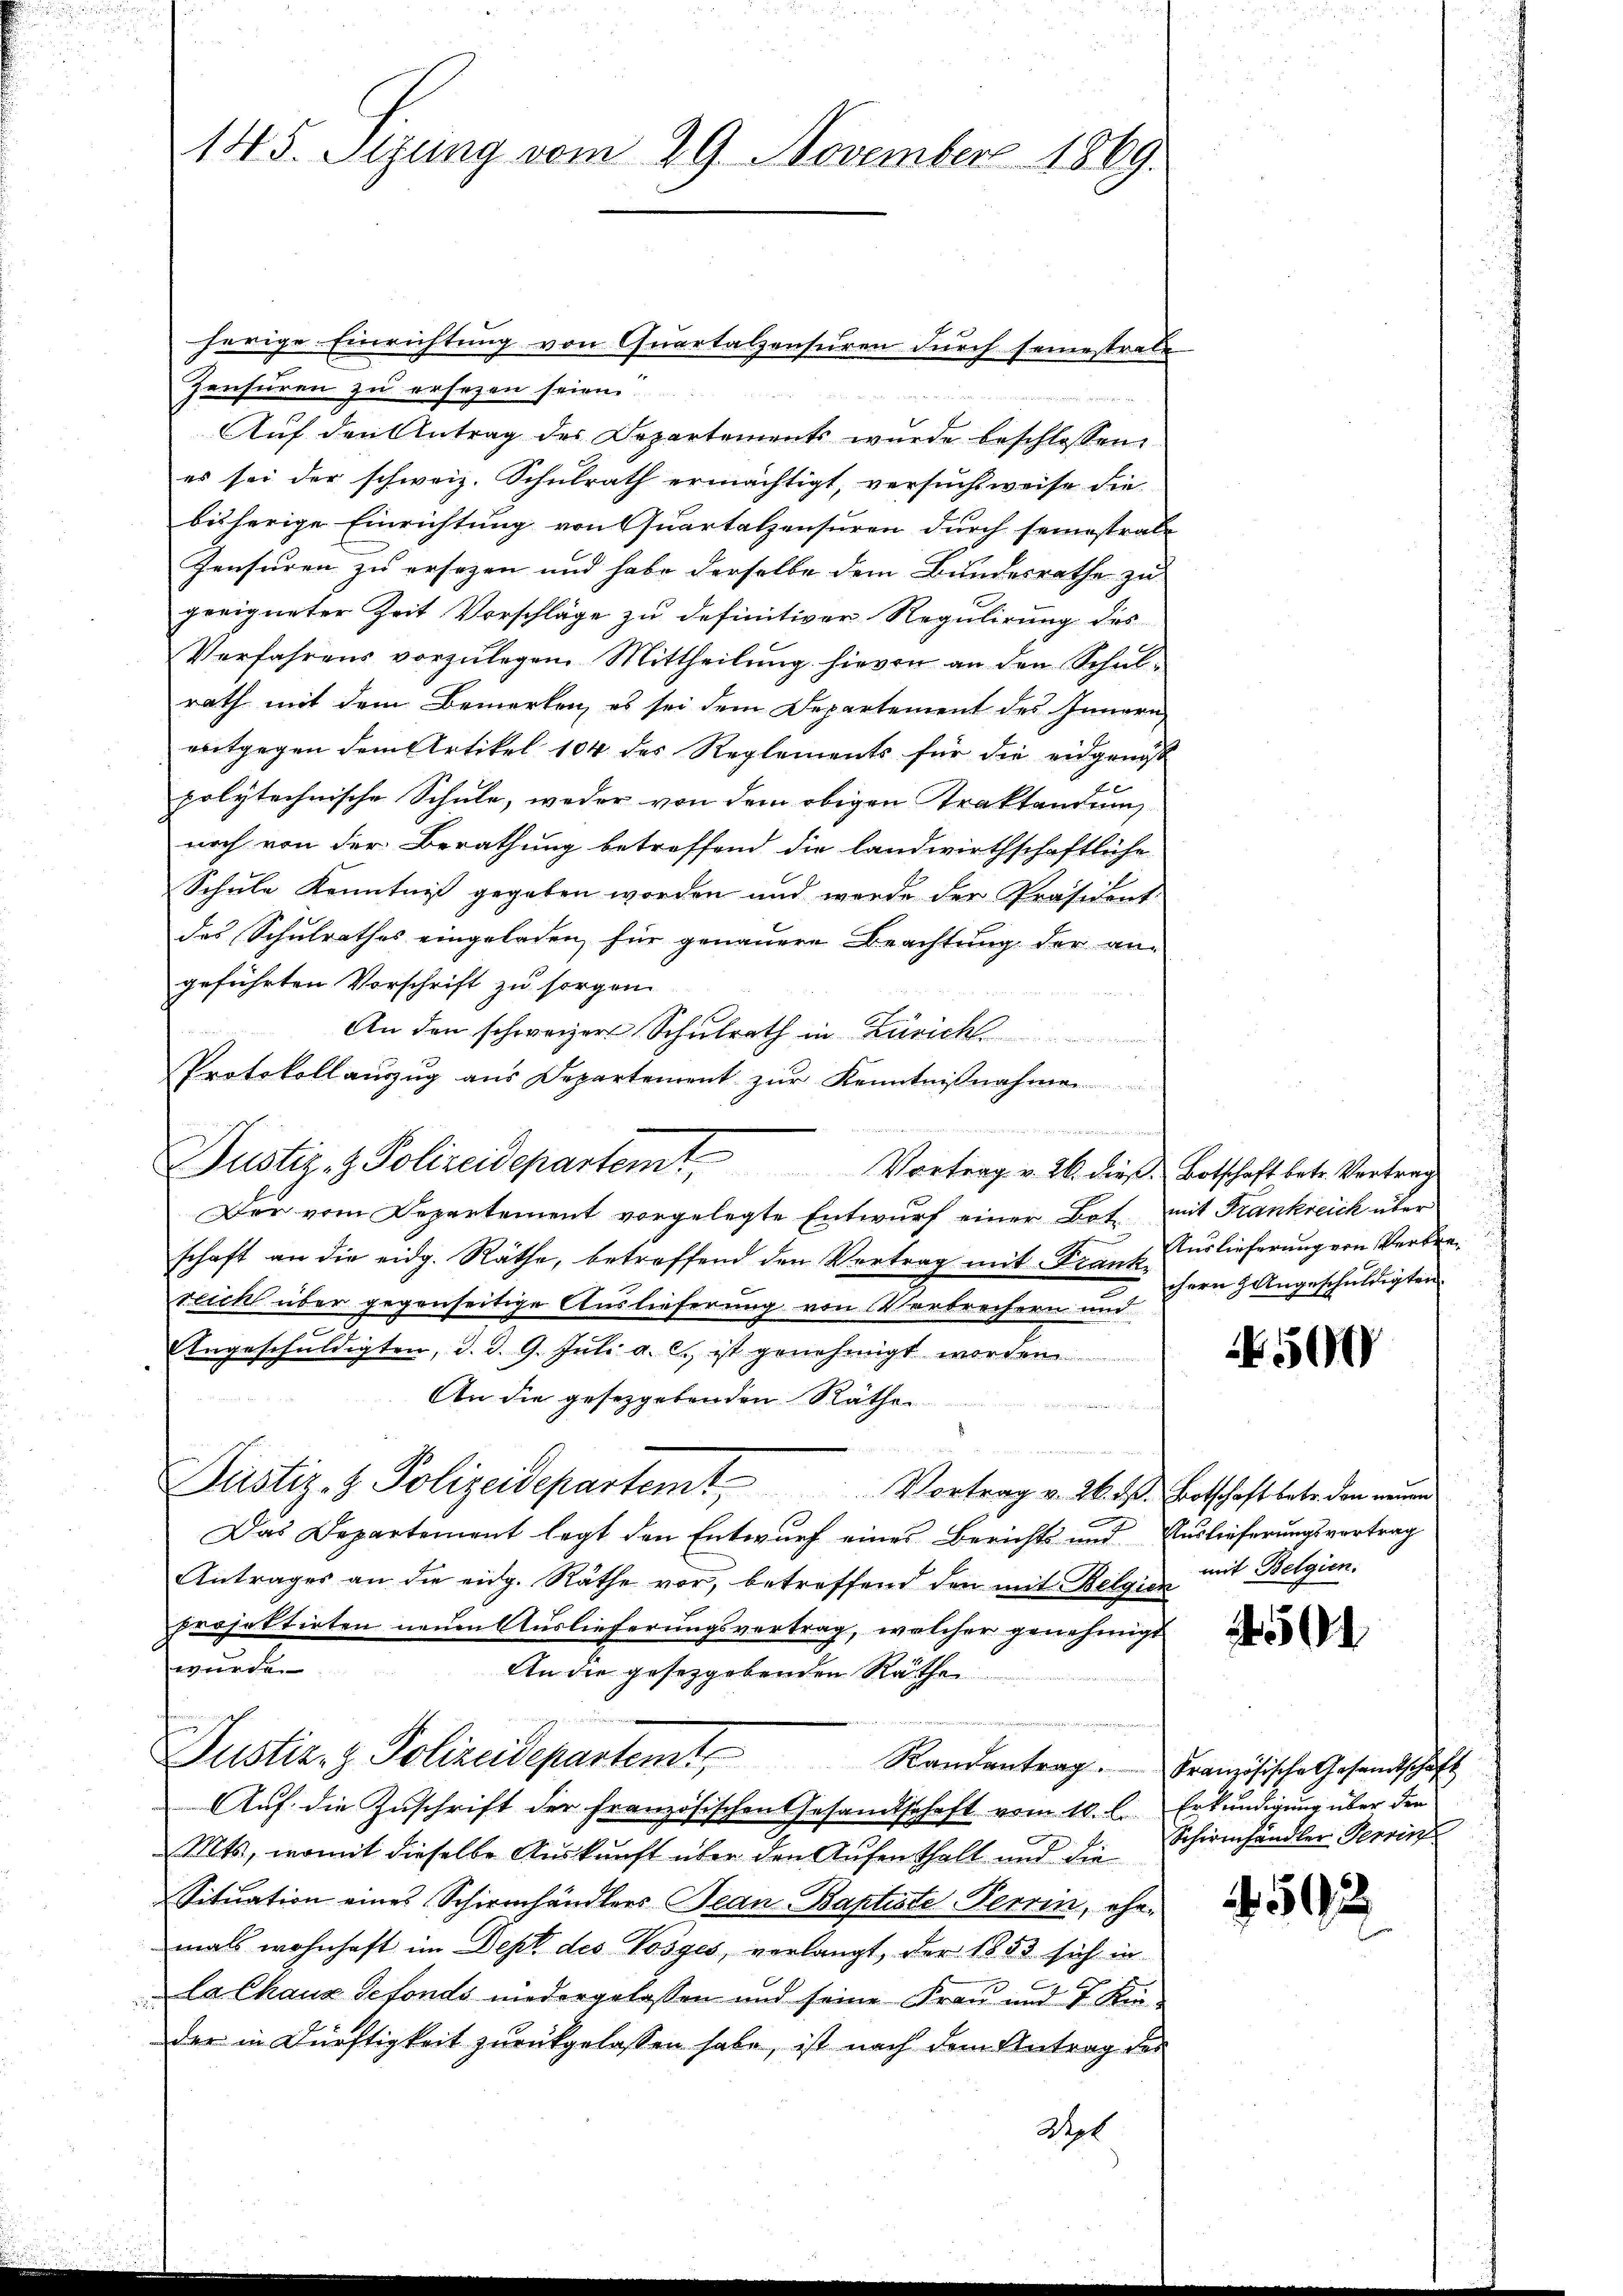
145. Sizung vom 29. November 1869.

herige Einrichtung von Quartalzensuren durch seinestrabe
Zensuren zu ersezen seien
Auf den Antrag des Departements wurde beschlossen:
es sei der schweiz. Schulrath ermächtigt, versuchsweise die
bisherige Einrichtung von Quartalzensuren durch seinestrate
Zensuren zu ersezen und habe derselbe dem Bundesrathe zu
geeigneter Zeit Vorschläge zu definitiver Regulirung des
Verfahrens vorzulegen. Mittheilung hievon an den Schul-
rath mit dem Bemerken, es sei dem Departement des Innern
entgegen dem Artikel 104 des Reglements für die eidgenöß
polytechnische Schule, weder von dem obigen Traktandung
noch von der Berathung betreffend die landwirthschaftliche
Schule Kenntniß gegeben worden und werde der Präsident
des Schulrathes eingeladen, für genauere Beachtung der an-
geführten Vorschrift zu sorgen.
An den schweizer Schulrath in Zürich
Protokollaŭszŭg aŭs Departement zŭr Kenntnißnahme

Der vom Departement vorgelegte Entwurf einer Bot. mit Frankreich über
schaft an die eidg. Räthe, betreffend den Vertrag mit Krant Auslieferung von Verbrereicht über gegenseitige Auslieferung von Verbrechern und
n
Angeschuldigten, d. d. 9. Juli a. c. ist genehmigt worden
An die gesetzgebenden Räthe.
Justiz- & Polizeidepartem Vortrag v. 26. ds. Botschaftete den neuen
Das Departement legt den Entwurf eines Berichts und Auslieferungsvortrag
Antrages an die eidg. Räthe vor, betreffend den mit Belgien mit Belgien,
projektirten neuen Auslieferungsvertrag, welcher genehmigt
wurden
An die gesetzgebenden Räthe
Justiz- & Polizeidepartemt,
Randantrag. Französische Gesandtschaft
Auf die Zuschrift der französischen Gesandtschaft vom 10. l. Erkundigung über den
Mts, womit dieselbe Auskunft über den Aufenthalt und die
Situation eines Schirmhändlers Tean-Baptiste Perrin, ehemals wohnhaft im Dept des Vorges, verlangt, der 1853 sich in
la Chaux defonds niedergelassen und seine Frau und 7 Kinder in Dürftigkeit zurückgelassen habe, ist nach dem Antrag des
Wyl

Justiz- & Polizeidepartem Vortrag v. 26. dieß Botschaft betr. Vertrag

chern Angeschuldigten.

500

50

Schirenhändler Perrin

592